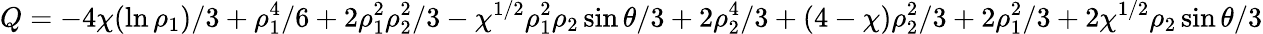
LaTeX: Q=-4\chi(\ln\rho_{1})/3+\rho_{1}^{4}/6+2\rho_{1}^{2}\rho_{2}^{2}/3-\chi^{1/2}\rho_{1}^{2}\rho_{2}\sin\theta/3+2\rho_{2}^{4}/3+(4-\chi)\rho_{2}^{2}/3+2\rho_{1}^{2}/3+2\chi^{1/2}\rho_{2}\sin\theta/3